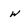
Character: w